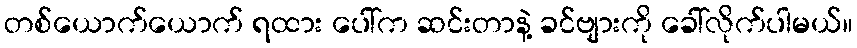
တစ်ယောက်ယောက် ရထား ပေါ်က ဆင်းတာနဲ့ ခင်ဗျားကို ခေါ်လိုက်ပါမယ်။